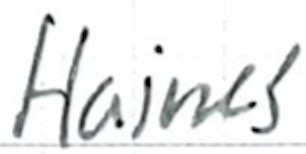
Text: Haines
Cross-out: clean
Writing tool: ballpoint